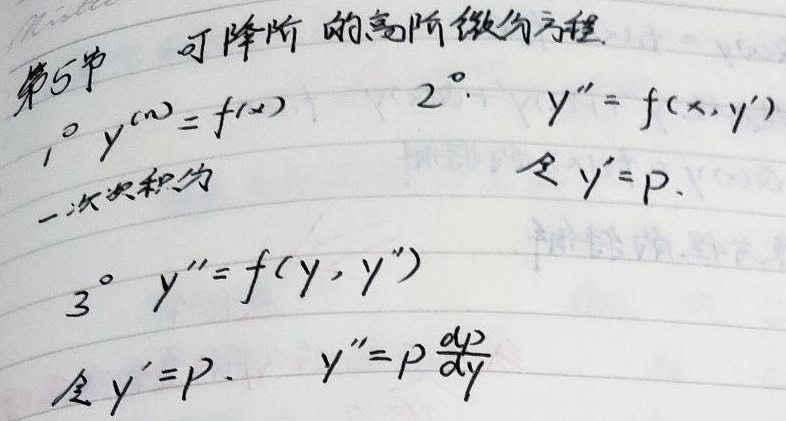
第5节 可降阶的高阶微分方程
1° \(y^{(n)} = f(x)\) 一次积分为
2° \(y'' = f(x,y')\)令 \(y' = p\).
3° \(y'' = f(y,y')\)令 \(y' = p\). \(y'' = p\frac{dp}{dy}\)